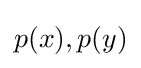
p(x),p(y)